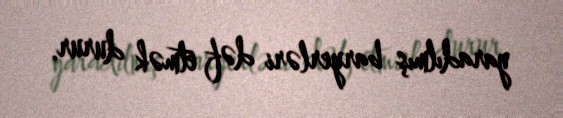
yaradılmış baryerləri dəf etmək durur.